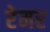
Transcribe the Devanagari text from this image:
रेमर